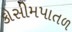
કોસીમપાતળ